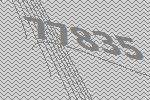
77835